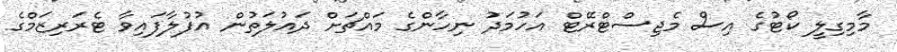
މާމިގިލީ ކޯޓުގެ އިސް މެޖިސްޓްރޭޓް އަހުމަދު ނިހާންގެ މައްޗަށް ދައުލަތުން އުފުލާފައިވާ ޓެރަރިޒަމްގެ